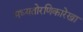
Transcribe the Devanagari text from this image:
मध्यतोरणिकारेखा